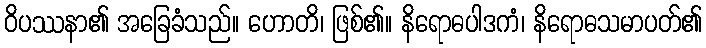
ဝိပဿနာ၏ အခြေခံသည်။ ဟောတိ၊ ဖြစ်၏။ နိရောဓပါဒကံ၊ နိရောဓသမာပတ်၏